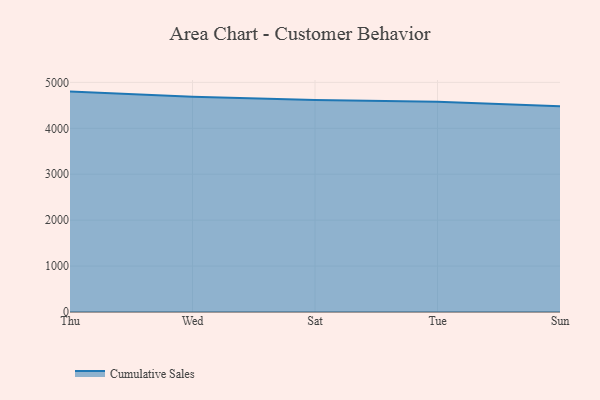
{"axis": {"x": "Day", "y": "Satisfaction Score"}, "legend": ["Cumulative Sales"], "data": [{"x": "Thu", "y": 4799.2, "type": "Cumulative Sales"}, {"x": "Wed", "y": 4684.6, "type": "Cumulative Sales"}, {"x": "Sat", "y": 4615.8, "type": "Cumulative Sales"}, {"x": "Tue", "y": 4577.4, "type": "Cumulative Sales"}, {"x": "Sun", "y": 4478.0, "type": "Cumulative Sales"}]}